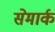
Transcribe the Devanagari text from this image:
सेमार्क